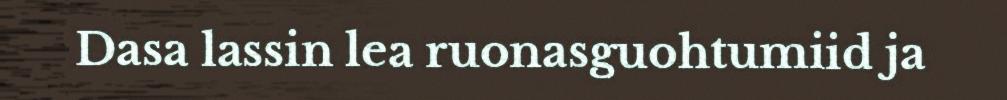
Dasa lassin lea ruonasguohtumiid ja